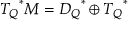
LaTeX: { T _ { Q } } ^ { * } M = { { \cal D } _ { Q } } ^ { * } \oplus { { \cal T } _ { Q } } ^ { * }